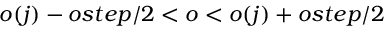
o ( j ) - o s t e p / 2 < o < o ( j ) + o s t e p / 2